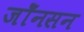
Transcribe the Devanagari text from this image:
जोँनसन